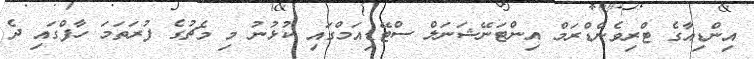
އިންޑިއާގެ ޓްރިވެންޑްރަމް އިންޓަނޭޝަނަލް ސްޓޭޑިއަމްގައި ކުޅުނު މި މެޗުގެ ފުރަތަމަ ހާފްގައި ދެ